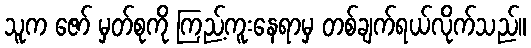
သူက ဇော် မှတ်စုကို ကြည့်ကူးနေရာမှ တစ်ချက်ရယ်လိုက်သည်။